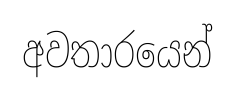
අවතාරයෙන්